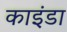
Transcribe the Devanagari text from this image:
काइंडा